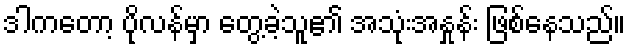
ဒါကတော့ ပိုလန်မှာ တွေ့ခဲ့သူ၏ အသုံးအနှုန်း ဖြစ်နေသည်။